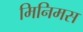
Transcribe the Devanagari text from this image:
मिनिमस